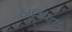
ઠાલવતા